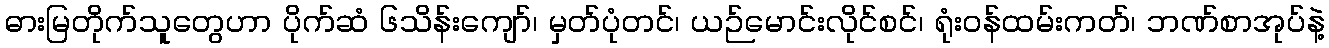
ဓားမြတိုက်သူတွေဟာ ပိုက်ဆံ ၆သိန်းကျော်၊ မှတ်ပုံတင်၊ ယဉ်မောင်းလိုင်စင်၊ ရုံးဝန်ထမ်းကတ်၊ ဘဏ်စာအုပ်နဲ့